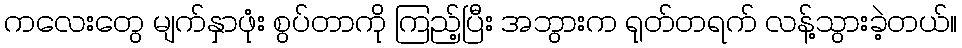
ကလေးတွေ မျက်နှာဖုံး စွပ်တာကို ကြည့်ပြီး အဘွားက ရုတ်တရက် လန့်သွားခဲ့တယ်။